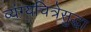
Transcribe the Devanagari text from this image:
व्यंग्यचित्रेसुद्धा